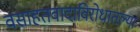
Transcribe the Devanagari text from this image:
वसाहतवादाविरोधातल्या